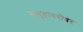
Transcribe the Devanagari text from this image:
समुहाबरोबर